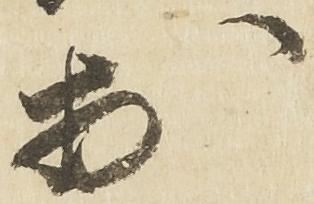
於